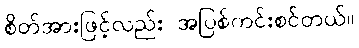
စိတ်အားဖြင့်လည်း အပြစ်ကင်းစင်တယ်။